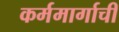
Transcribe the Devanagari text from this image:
कर्ममार्गाची